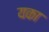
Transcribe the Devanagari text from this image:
यका